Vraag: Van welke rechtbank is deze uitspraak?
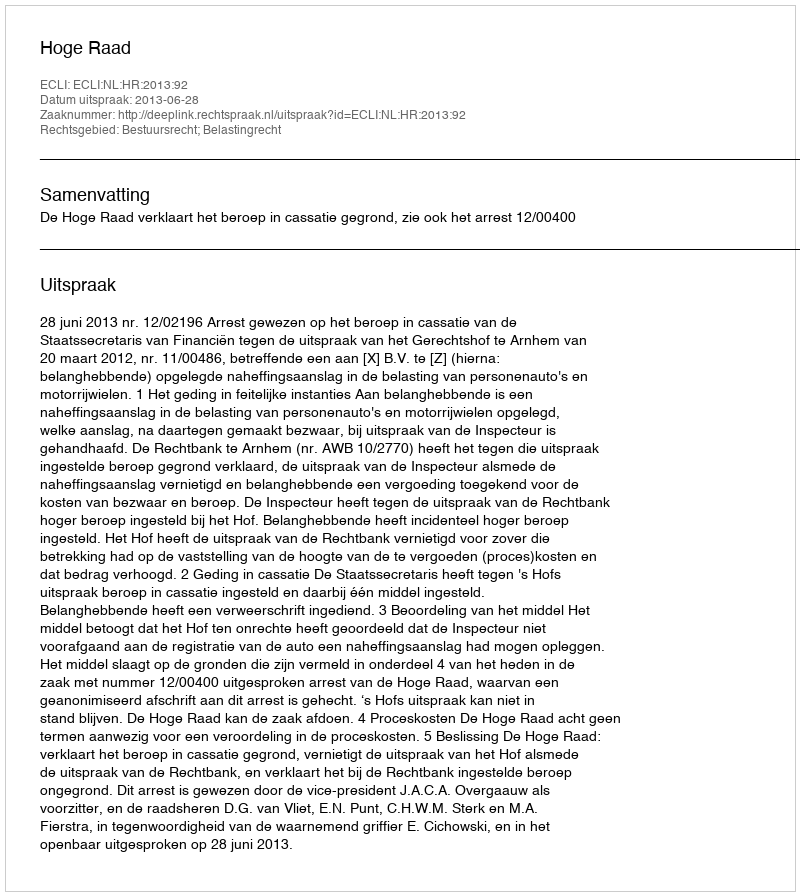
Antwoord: Hoge Raad